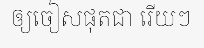
ឲ្យចៀសផុតជា រើយៗ